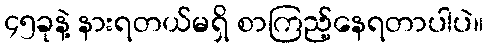
၄၅ခုနဲ့ နားရတယ်မရှိ စာကြည့်နေရတာပါပဲ။